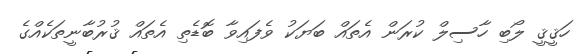
ހަޤީޤީ ލޯބި ހާސިލް ކުރަން އެތައް ބަޔަކު ވެފައިވާ ބޮޑެތި އެތައް ޤުރުބާނީތަކެއްގެ